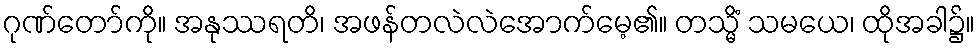
ဂုဏ်တော်ကို။ အနုဿရတိ၊ အဖန်တလဲလဲအောက်မေ့၏။ တသ္မိံ သမယေ၊ ထိုအခါ၌။